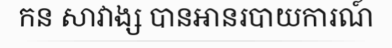
កន សាវាង្ស បានអានរបាយការណ៍